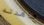
شاهدته